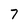
Character: 7